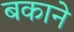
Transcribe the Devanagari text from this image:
बकाने